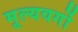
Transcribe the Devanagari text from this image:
मूल्यवर्गो